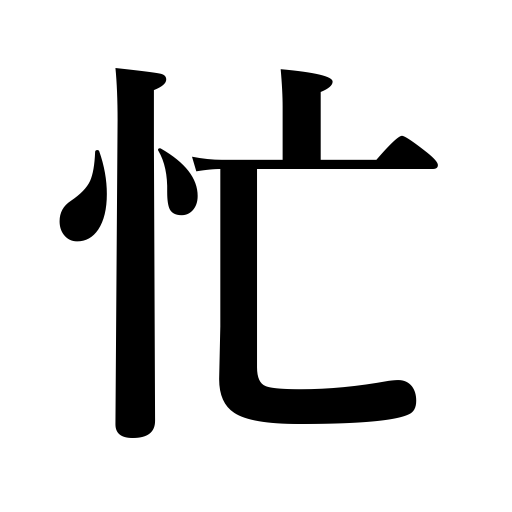
Meanings: busy,occupied